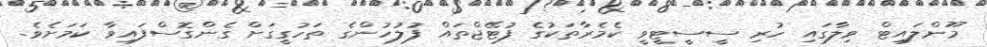
މޫންލައިޓް ވިލާގައި ހުރި ސީސީޓީވީ ކެމެރާތަކުގެ ފުޓޭޖްތައް ފުލުހުންގެ ތަހުގީގަށް ގެންގޮސްފައިވާ ކަމަށެވެ.